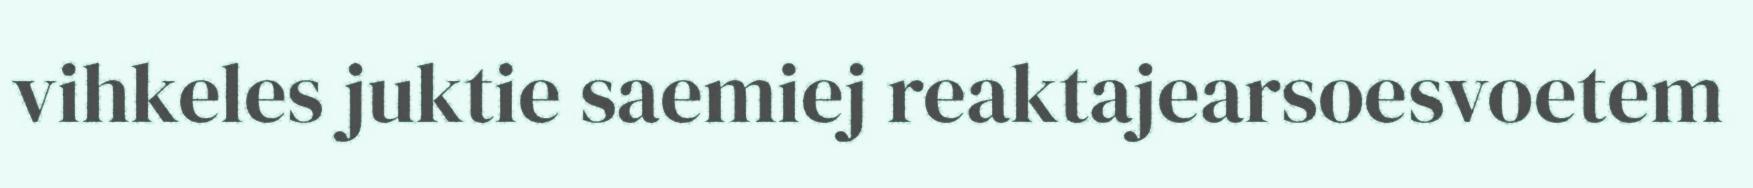
vihkeles juktie saemiej reaktajearsoesvoetem